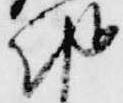
朝